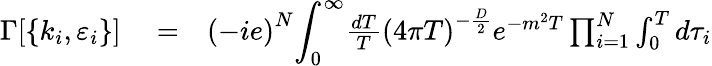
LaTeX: \begin{array}{rlr}{\Gamma[\lbrace k_{i},\varepsilon_{i}\rbrace]}&{{}=}&{{(-ie)}^{N}{\displaystyle\int_{0}^{\infty}}{\frac{dT}{T}}{(4\pi T)}^{-{\frac{D}{2}}}e^{-m^{2}T}\prod_{i=1}^{N}\int_{0}^{T}d\tau_{i}}\end{array}